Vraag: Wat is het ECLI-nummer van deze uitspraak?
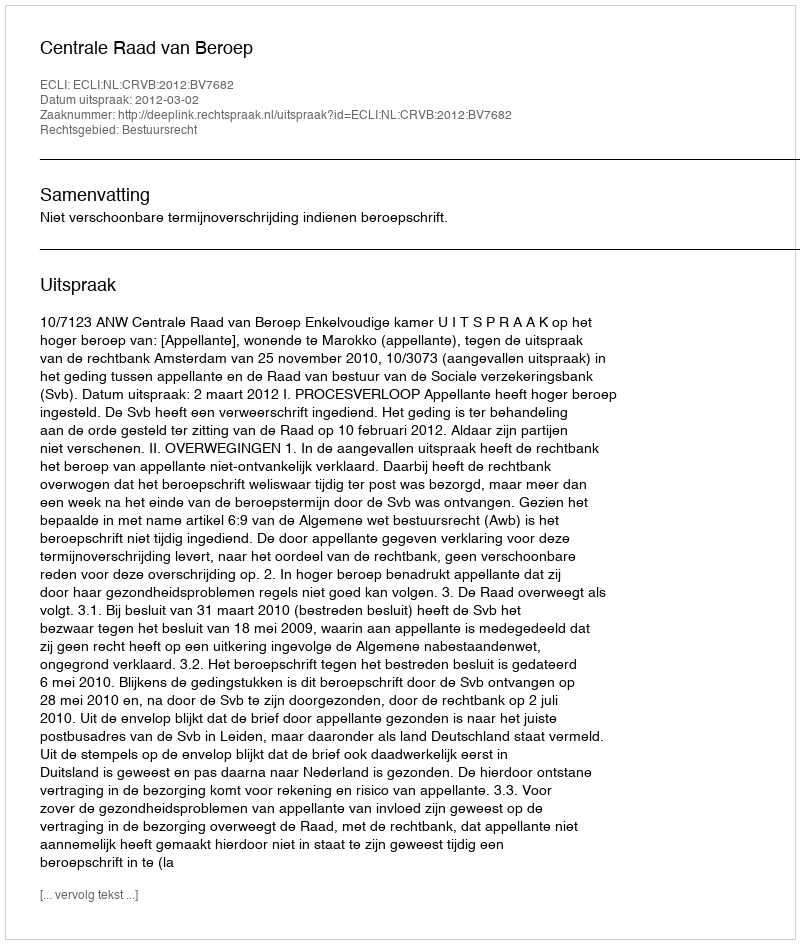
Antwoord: ECLI:NL:CRVB:2012:BV7682